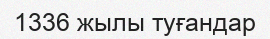
1336 жылы туғандар